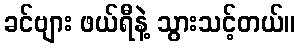
ခင်ဗျား ဖယ်ရီနဲ့ သွားသင့်တယ်။